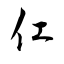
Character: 仜